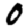
Digit: 0